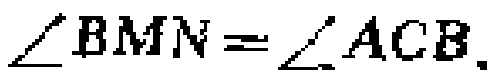
$\angle BMN=\angle ACB.$